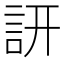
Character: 訮